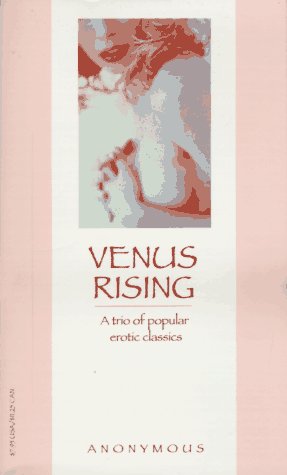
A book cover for Venus Rising (Victorian erotic classics); Anonymous; Romance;